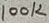
Text: 100K